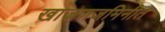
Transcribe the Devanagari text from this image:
खाजणजमिनीत